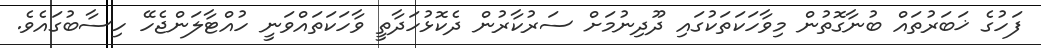
ފަހުގެ ޚަބަރުތައް ބުނާގޮތުން މިވާހަކަތަކުގައި ދޫދިނުމަށް ސަރުކާރުން ދެކޮޅުހަދާތީ ވާހަކަތައްވަނީ ހުއްޓާލަންޖެހޭ ހިސާބުގައެވެ.